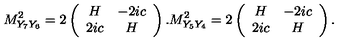
M _ { Y _ { 7 } Y _ { 6 } } ^ { 2 } = 2 \left( \begin{array} { c c } { H } & { - 2 i c } \\ { 2 i c } & { H } \\ \end{array} \right) . M _ { Y _ { 5 } Y _ { 4 } } ^ { 2 } = 2 \left( \begin{array} { c c } { H } & { - 2 i c } \\ { 2 i c } & { H } \\ \end{array} \right) .